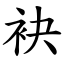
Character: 袂